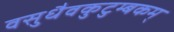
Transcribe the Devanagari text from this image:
वसुधैवकुटुम्बकम्